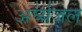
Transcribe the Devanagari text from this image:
अर्घ्यजल